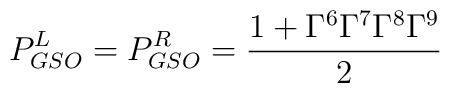
P^L_{GSO} = P^R_{GSO} = \frac{1 + \Gamma^6 \Gamma^7 \Gamma^8\Gamma^9}{2}